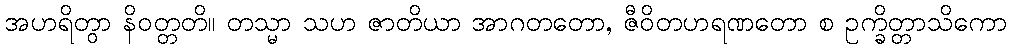
အဟရိတွာ နိဝတ္တတိ။ တသ္မာ သဟ ဇာတိယာ အာဂတတော, ဇီဝိတဟရဏတော စ ဥက္ခိတ္တာသိကော